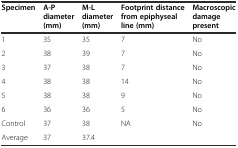
| Specimen | A-P diameter (mm) | M-L diameter (mm) | Footprint distance from epiphyseal line (mm) | Macroscopic damage present |
 | --- | --- | --- | --- | --- |
 | 1 | 35 | 35 | 7 | No |
 | 2 | 38 | 39 | 7 | No |
 | 3 | 37 | 38 | 7 | No |
 | 4 | 38 | 38 | 14 | No |
 | 5 | 38 | 38 | 9 | No |
 | 6 | 36 | 36 | 5 | No |
 | Control | 37 | 38 | NA | No |
 | Average | 37 | 37.4 |  |  |